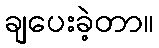
ချပေးခဲ့တာ။